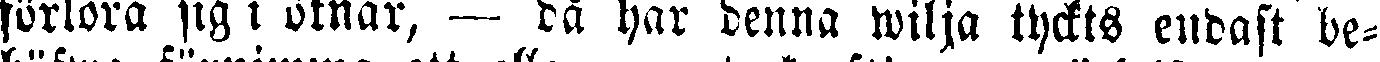
förlora sig i öknar, — då har denna wilja tyckts endast be-